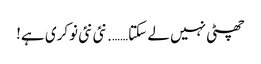
چھٹی نہیں لے سکتا……. نئی نئی نوکری ہے!